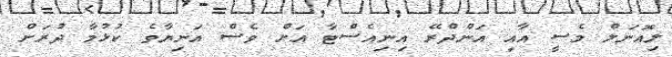
ލިއޮނަލް މެސީ އާއި އަންދްރޭ އިނިއެސްޓާ އަށް ވެސް އަނިޔާވެ ކުޅުމާ ދުރަށް